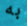
به